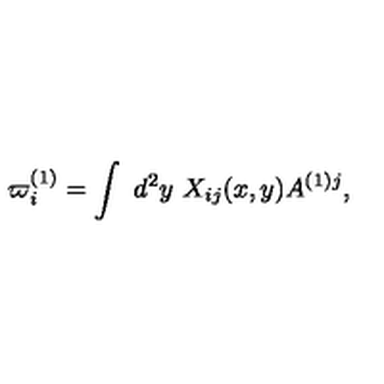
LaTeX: \varpi _ { i } ^ { ( 1 ) } = \int \ d ^ { 2 } y \ X _ { i j } ( x , y ) A ^ { ( 1 ) j } ,